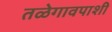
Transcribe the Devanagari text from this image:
तळेगावपाशी